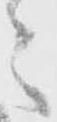
意